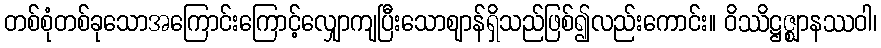
တစ်စုံတစ်ခုသောအကြောင်းကြောင့်လျှောကျပြီးသောဈာန်ရှိသည်ဖြစ်၍လည်းကောင်း။ ဝိဿိဋ္ဌဇ္ဈာနဿဝါ၊